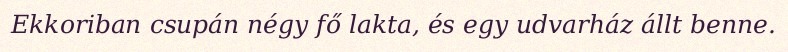
Ekkoriban csupán négy fő lakta, és egy udvarház állt benne.